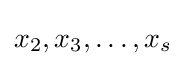
x_{2},x_{3},\ldots ,x_{s}